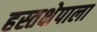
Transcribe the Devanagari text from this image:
हस्तक्षेपाला